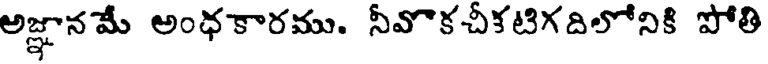
అజ్ఞానమే అంధకారము. నీవొకచీకటిగదిలోనికి పోతి